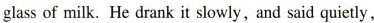
glass of milk. He drank it slowly, and said quietly,